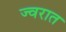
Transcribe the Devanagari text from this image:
ज्वरात